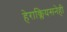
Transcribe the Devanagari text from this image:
हेराक्लियसनेही